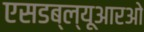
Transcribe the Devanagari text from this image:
एसडब्ल्यूआरओ